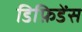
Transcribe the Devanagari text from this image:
डिफ़िडेंस